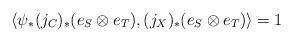
LaTeX: \begin{align*}\langle \psi_*(j_C)_*(e_S \otimes e_T) , (j_X)_*(e_S \otimes e_T)\rangle =1\end{align*}